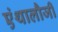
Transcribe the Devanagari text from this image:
एंथालौजी